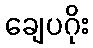
ချေပဂိုး